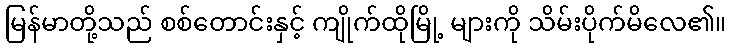
မြန်မာတို့သည် စစ်တောင်းနှင့် ကျိုက်ထိုမြို့ များကို သိမ်းပိုက်မိလေ၏။